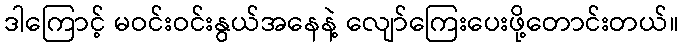
ဒါကြောင့် မဝင်းဝင်းနွယ်အနေနဲ့ လျော်ကြေးပေးဖို့တောင်းတယ်။